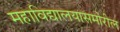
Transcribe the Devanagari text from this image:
महाविद्यालयासमोरील